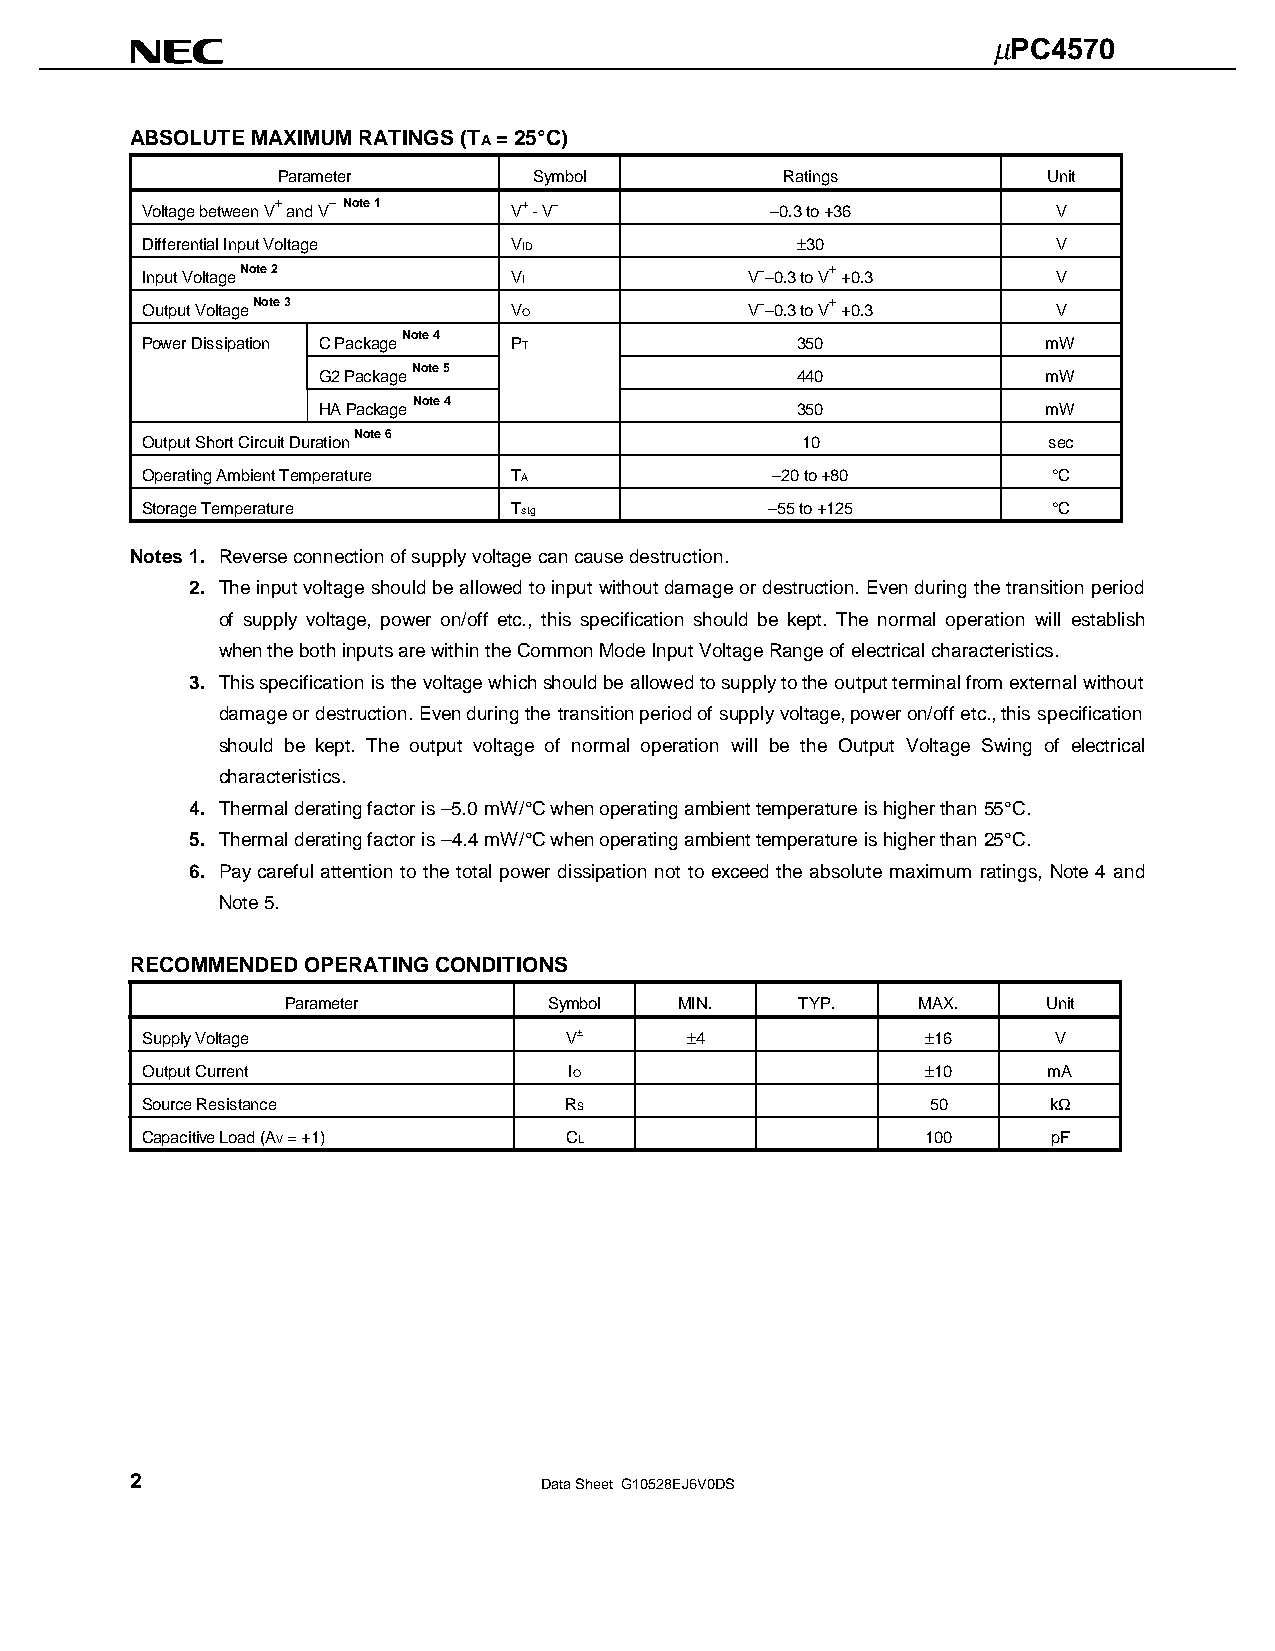
µµµµPC4570
 ABSOLUTE MAXIMUM RATINGS (TA = 25°C)
 Parameter        Symbol           Ratings          Unit
 Voltage between V+ and V– Note 1 V+ - V–  –0.3 to +36        V
 Differential Input Voltage VID              ±30              V
 Input Voltage Note 2     VI             V––0.3 to V+ +0.3    V
 Output Voltage Note 3    VO             V––0.3 to V+ +0.3    V
 Note 4
 Power Dissipation C Package PT              350             mW
 Note 5
 G2 Package                      440             mW
 Note 4
 HA Package                      350             mW
 Note 6
 Output Short Circuit Duration               10              sec
 Operating Ambient Temperature TA          –20 to +80         °C
 Storage Temperature      Tstg             –55 to +125        °C
 Notes 1. Reverse connection of supply voltage can cause destruction.
 2. The input voltage should be allowed to input without damage or destruction. Even during the transition period
 of supply voltage, power on/off etc., this specification should be kept. The normal operation will establish
 when the both inputs are within the Common Mode Input Voltage Range of electrical characteristics.
 3. This specification is the voltage which should be allowed to supply to the output terminal from external without
 damage or destruction. Even during the transition period of supply voltage, power on/off etc., this specification
 should be kept. The output voltage of normal operation will be the Output Voltage Swing of electrical
 characteristics.
 4. Thermal derating factor is –5.0 mW/°C when operating ambient temperature is higher than 55°C.
 5. Thermal derating factor is –4.4 mW/°C when operating ambient temperature is higher than 25°C.
 6. Pay careful attention to the total power dissipation not to exceed the absolute maximum ratings, Note 4 and
 Note 5.
 RECOMMENDED OPERATING CONDITIONS
 Parameter        Symbol   MIN.    TYP.    MAX.    Unit
 Supply Voltage              V±      ±4              ±16      V
 Output Current               IO                     ±10     mA
 Source Resistance           RS                       50     kΩ
 Capacitive Load (AV = +1)   CL                      100      pF
 2
 Data Sheet G10528EJ6V0DS